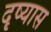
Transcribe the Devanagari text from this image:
दृष्यास